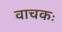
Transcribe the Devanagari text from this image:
वाचकः